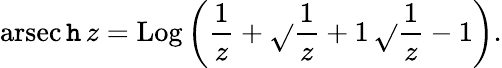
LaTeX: \operatorname{arsec\mathtt{h}}z=\operatorname{Log}\left({\frac{{1}}{{z}}}+{\sqrt{}{{{\frac{{1}}{{z}}}+1}}}\, {\sqrt{}{{{\frac{{1}}{{z}}}-1}}}\right).